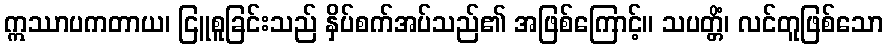
ဣဿာပကတာယ၊ ငြူစူခြင်းသည် နှိပ်စက်အပ်သည်၏ အဖြစ်ကြောင့်။ သပတ္တိံ၊ လင်တူဖြစ်သော